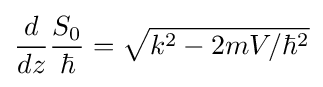
{\frac {d}{dz}}{\frac {S_{0}}{\hbar }}={\sqrt {k^{2}-2mV/{\hbar }^{2}}}